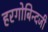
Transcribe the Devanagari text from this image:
हरगोबिन्दजी